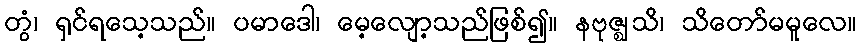
တွံ၊ ရှင်ရသေ့သည်။ ပမာဒေါ၊ မေ့လျော့သည်ဖြစ်၍။ နဗုဇ္ဈသိ၊ သိတော်မမူလေ။